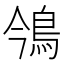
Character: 鳹